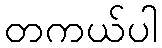
တကယ်ပါ